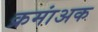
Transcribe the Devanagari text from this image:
क्रमांअक